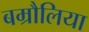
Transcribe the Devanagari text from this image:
बम्रौलिया